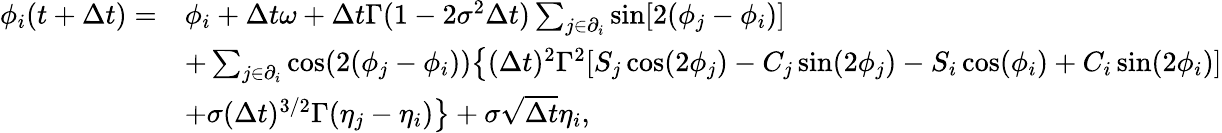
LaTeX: \begin{array}{rl}{\phi_{i}(t+\Delta t)=}&{\phi_{i}+\Delta t\omega+\Delta t\Gamma(1-2\sigma^{2}\Delta t)\sum_{j\in\partial_{i}}\sin[2(\phi_{j}-\phi_{i})]}\\ &{+\sum_{j\in\partial_{i}}\cos(2(\phi_{j}-\phi_{i}))\big\{ (\Delta t)^{2}\Gamma^{2}[S_{j}\cos(2\phi_{j})-C_{j}\sin(2\phi_{j})-S_{i}\cos(\phi_{i})+C_{i}\sin(2\phi_{i})]}\\ &{+\sigma(\Delta t)^{3/2}\Gamma(\eta_{j}-\eta_{i})\big\} +\sigma\sqrt{\Delta t}\eta_{i},}\end{array}